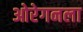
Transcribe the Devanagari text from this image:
ओरेगनला